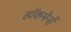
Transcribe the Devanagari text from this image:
हाॅकमेनों